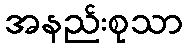
အနည်းစုသာ